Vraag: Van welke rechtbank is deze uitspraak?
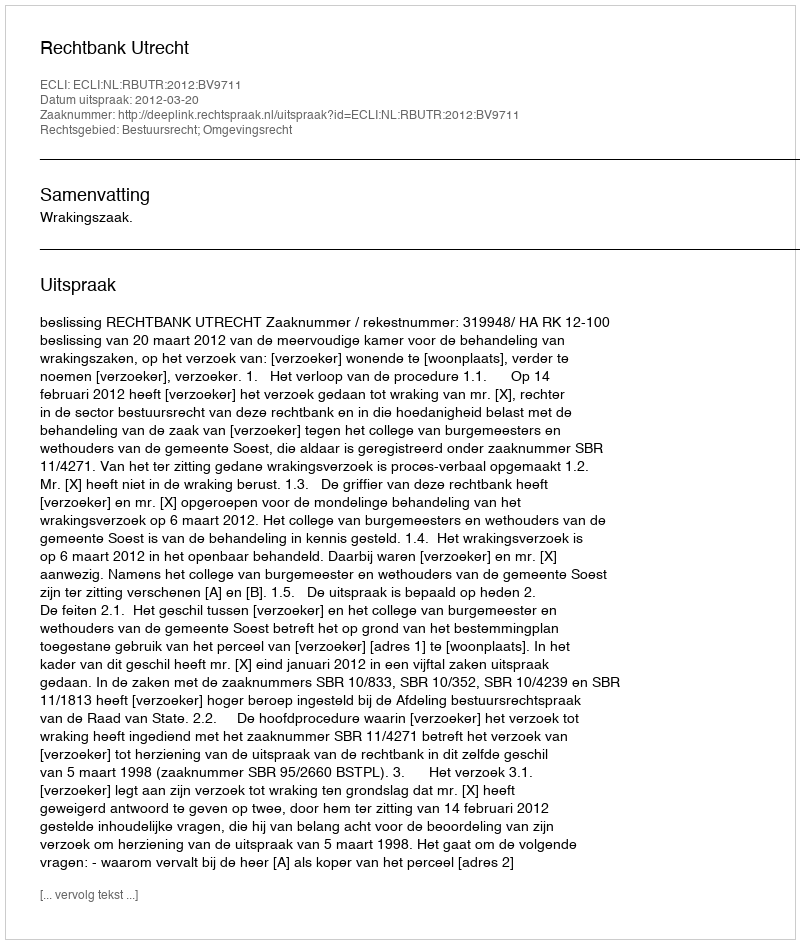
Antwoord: Rechtbank Utrecht